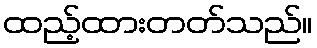
ထည့်ထားတတ်သည်။